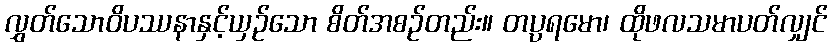
လွှတ်သောဝိပဿနာနှင့်ယှဉ်သော စိတ်အစဉ်တည်း။ တပ္ပရမော၊ ထိုဖလသမာပတ်လျှင်